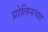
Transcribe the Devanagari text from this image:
प्रोलिनच्या